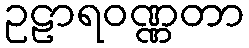
ဥဠာရဝဏ္ဏတာ